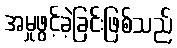
အမှုဖွင့်ခဲ့ခြင်းဖြစ်သည်